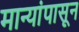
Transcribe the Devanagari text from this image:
मान्यांपासून